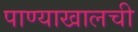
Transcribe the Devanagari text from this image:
पाण्याखालची